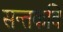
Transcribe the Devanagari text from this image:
सन्तकवि